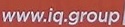
www.iq.group